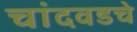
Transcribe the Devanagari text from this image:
चांदवडचे